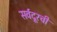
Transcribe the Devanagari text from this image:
सर्वदूरची